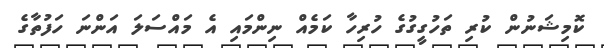
ކޮމިޝަނުން ކުރި ތަހުގީގުގެ ހުރިހާ ކަމެއް ނިންމައި އެ މައްސަލަ އަންނަ ހަފުތާގެ